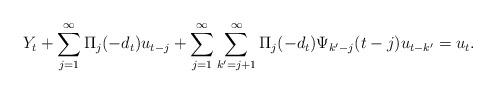
LaTeX: \begin{align*}Y_{t}+\sum_{j=1}^{\infty }\Pi _{j}(-d_{t})u_{t-j}+\sum_{j=1}^{\infty}\sum_{k^{\prime }=j+1}^{\infty }\Pi _{j}(-d_{t})\Psi _{k^{\prime}-j}(t-j)u_{t-k^{\prime }}=u_{t}. \end{align*}